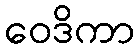
ဝေဒိကာ